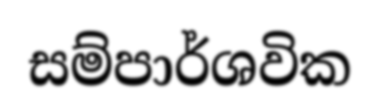
සම්පාර්ශවික